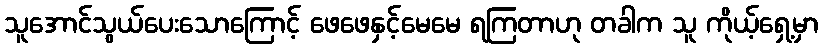
သူအောင်သွယ်ပေးသောကြောင့် ဖေဖေနှင့်မေမေ ရကြတာဟု တခါက သူ ကိုယ့်ရှေ့မှာ